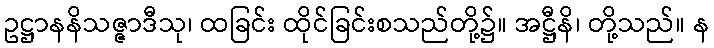
ဥဋ္ဌာနနိသဇ္ဇာဒီသု၊ ထခြင်း ထိုင်ခြင်းစသည်တို့၌။ အဋ္ဌီနိ၊ တို့သည်။ န